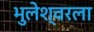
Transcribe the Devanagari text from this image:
भुलेश्वरला